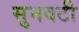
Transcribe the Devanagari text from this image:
सुनवटी